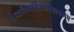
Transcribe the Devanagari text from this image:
शब्दनिष्पत्तिव्यवस्थानरूप